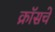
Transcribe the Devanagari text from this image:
क्रॉसचे